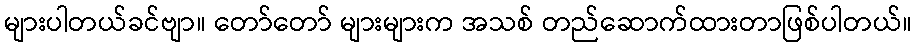
များပါတယ်ခင်ဗျာ။ တော်တော် များများက အသစ် တည်ဆောက်ထားတာဖြစ်ပါတယ်။